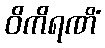
ဝိကိရဏိံ